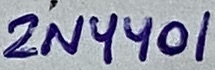
Text: 2N4401